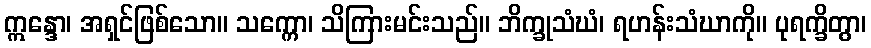
ဣန္ဒော၊ အရှင်ဖြစ်သော။ သက္ကော၊ သိကြားမင်းသည်။ ဘိက္ခုသံဃံ၊ ရဟန်းသံဃာကို။ ပုရက္ခိတွာ၊